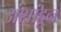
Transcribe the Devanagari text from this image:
अंशांहून